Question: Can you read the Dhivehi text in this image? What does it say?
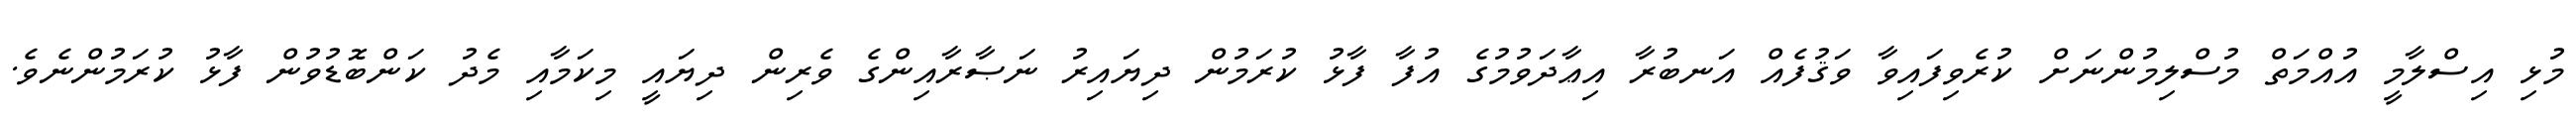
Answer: މުޅި އިސްލާމީ އުއްމަތް މުސްލިމުންނަށް ކުރެވިފައިވާ ވަޤުފެއް އަނބުރާ އިޢާދަވުމުގެ އުފާ ފާޅު ކުރަމުން ދިޔައިރު ނަޞާރާއިންގެ ވެރިން ދިޔައީ މިކަމާއި މެދު ކަންބޮޑުވުން ފާޅު ކުރަމުންނެވެ.